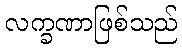
လက္ခဏာဖြစ်သည်